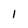
Character: 1